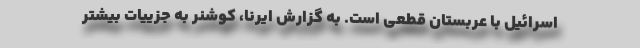
اسرائیل با عربستان قطعی است. به گزارش ایرنا، کوشنر به جزییات بیشتر